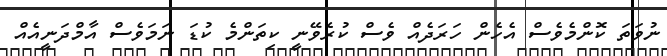
ނުވަތަ ކޮންމެވެސް އެހެން ހަރަދެއް ވެސް ކުރެވޭނީ ކިތަންމެ ކުޑަ ނަމަވެސް އާމްދަނީއެއް